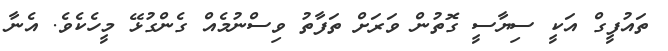
ތައުފީގް އަކީ ސިޔާސީ ގޮތުން ވަރަށް ތަފާތު ވިސްނުމެއް ގެންގުޅޭ މީހެކެވެ. އެނާ